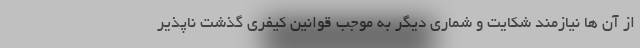
از آن ها نیازمند شکایت و شماری دیگر به موجب قوانین کیفری گذشت ناپذیر